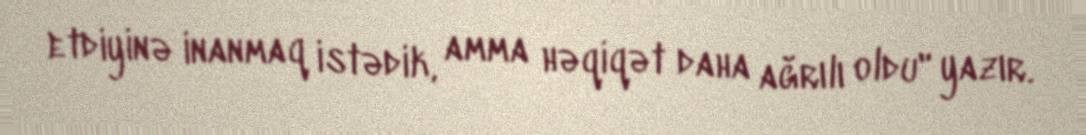
etdiyinə inanmaq istədik, amma həqiqət daha ağrılı oldu" yazır.